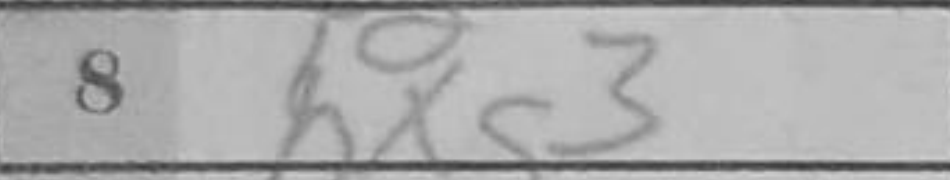
Transcription: hxg3